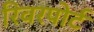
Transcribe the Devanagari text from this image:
रिवरपोर्ट